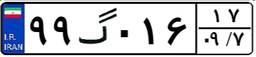
۸۷گ۴۲۳۵۰